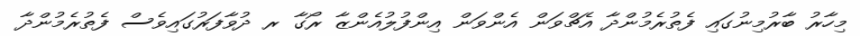
މިހާރު ބާރުމިނުގައި ފެތުރެމުންދާ އެޗްވަން އެންވަން އިންފުލުއެންޒާ ރޯގާ ރ ދުވާފަރުގައިވެސް ފެތުރެމުންދާ